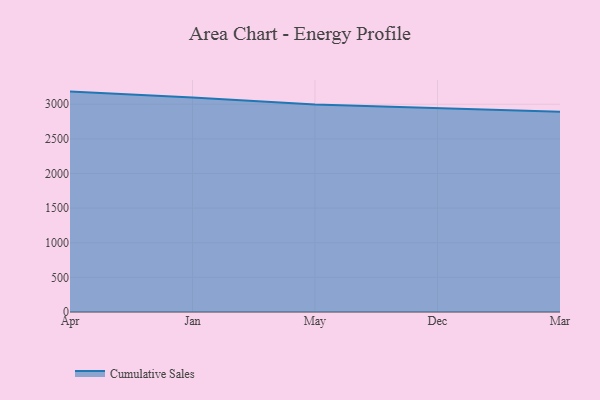
{"axis": {"x": "Month", "y": "Revenue (USD Million)"}, "legend": ["Cumulative Sales"], "data": [{"x": "Apr", "y": 3182.6, "type": "Cumulative Sales"}, {"x": "Jan", "y": 3096.7, "type": "Cumulative Sales"}, {"x": "May", "y": 2996.8, "type": "Cumulative Sales"}, {"x": "Dec", "y": 2943.0, "type": "Cumulative Sales"}, {"x": "Mar", "y": 2891.5, "type": "Cumulative Sales"}]}